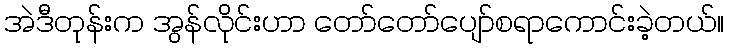
အဲဒီတုန်းက အွန်လိုင်းဟာ တော်တော်ပျော်စရာကောင်းခဲ့တယ်။